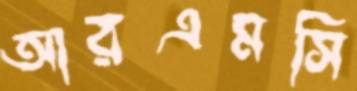
আরএমসি